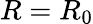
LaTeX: R={R_{0}}